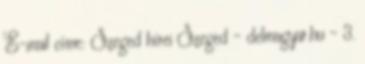
E-mail címe: Szeged hírei Szeged - delmagyar.hu - 3.